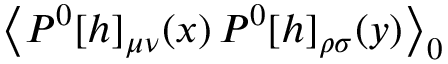
\left< P ^ { 0 } [ h ] _ { \mu \nu } ( x ) \, P ^ { 0 } [ h ] _ { \rho \sigma } ( y ) \right> _ { 0 }